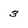
Character: 3